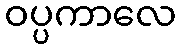
ဝပ္ပကာလေ